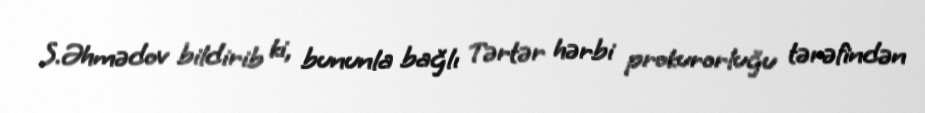
S.Əhmədov bildirib ki, bununla bağlı Tərtər hərbi prokurorluğu tərəfindən